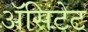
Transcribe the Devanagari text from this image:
ॲसिटेट